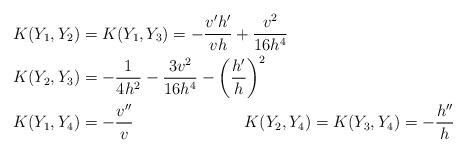
LaTeX: \begin{align*}&K(Y_1,Y_2) = K(Y_1,Y_3) = - \frac{v' h'}{vh} + \frac{v^2}{16h^4} \\&K(Y_2,Y_3) = - \frac{1}{4h^2} - \frac{3v^2}{16h^4} - \left( \frac{h'}{h} \right)^2 \\&K(Y_1,Y_4) = - \frac{v''}{v} \hskip 80pt K(Y_2,Y_4) = K(Y_3,Y_4) = - \frac{h''}{h} \end{align*}